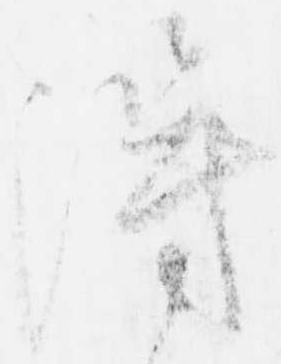
得